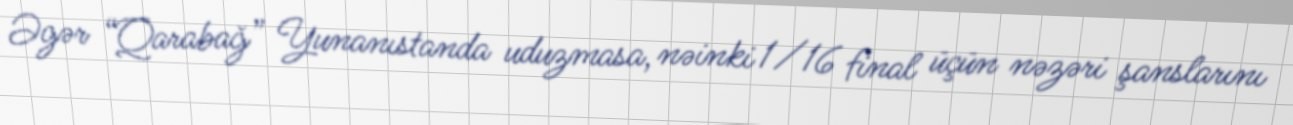
Əgər “Qarabağ” Yunanıstanda uduzmasa, nəinki 1/16 final üçün nəzəri şanslarını